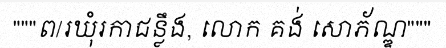
"""ព/រឃុំរកាជន្លឹង, លោក គង់ សោភ័ណ្ឌ"""